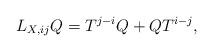
LaTeX: \begin{align*} L_{X,ij} Q = T^{j-i}Q + QT^{i-j},\end{align*}